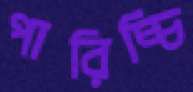
পারিচ্চি